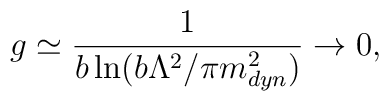
g \simeq \frac{1}{b\ln(b\Lambda^2/\pi m_{dyn}^2)} \to 0,